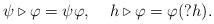
LaTeX: \begin{align*}\psi \triangleright \varphi = \psi\varphi, \:\:\:\:\: h \triangleright \varphi = \varphi(?h).\end{align*}